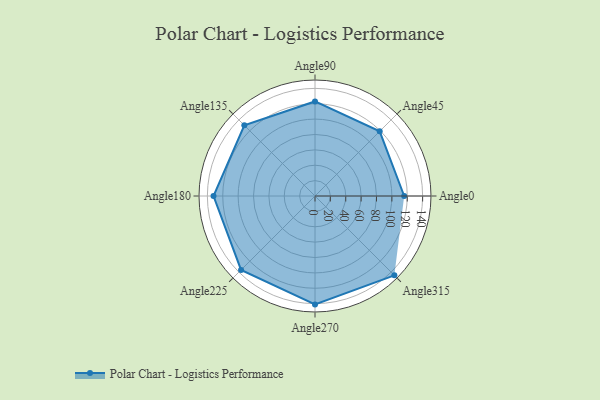
{"axis": {"x": "Angle", "y": "Radius"}, "legend": [""], "data": [{"x": "Angle0", "y": 116.0, "type": ""}, {"x": "Angle45", "y": 119.0, "type": ""}, {"x": "Angle90", "y": 123.0, "type": ""}, {"x": "Angle135", "y": 130.0, "type": ""}, {"x": "Angle180", "y": 132.0, "type": ""}, {"x": "Angle225", "y": 136.0, "type": ""}, {"x": "Angle270", "y": 141.0, "type": ""}, {"x": "Angle315", "y": 146.0, "type": ""}]}